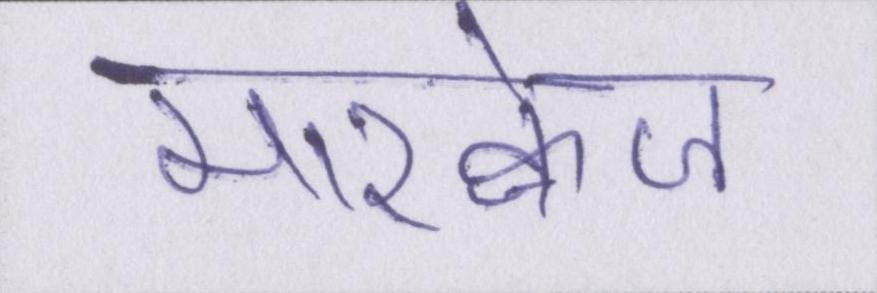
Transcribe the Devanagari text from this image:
मारक्वेज